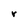
Character: r